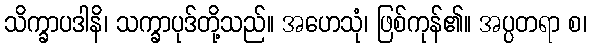
သိက္ခာပဒါနိ၊ သက္ခာပုဒ်တို့သည်။ အဟေသုံ၊ ဖြစ်ကုန်၏။ အပ္ပတရာ စ၊